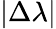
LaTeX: |\Delta\lambda|